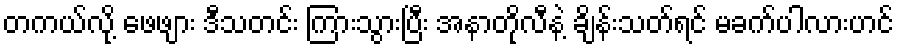
တကယ်လို့ ဖေဖျား ဒီသတင်း ကြားသွားပြီး အနာတိုလီနဲ့ ချိန်းသတ်ရင် မခက်ပါလားဟင်